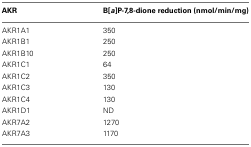
<table><thead><tr><td><b>AKR</b></td><td><b>B[<i>a</i>]P-7,8-dione reduction (nmol/min/mg)</b></td></tr></thead><tbody><tr><td>AKR1A1</td><td>350</td></tr><tr><td>AKR1B1</td><td>250</td></tr><tr><td>AKR1B10</td><td>250</td></tr><tr><td>AKR1C1</td><td>64</td></tr><tr><td>AKR1C2</td><td>350</td></tr><tr><td>AKR1C3</td><td>130</td></tr><tr><td>AKR1C4</td><td>130</td></tr><tr><td>AKR1D1</td><td>ND</td></tr><tr><td>AKR7A2</td><td>1270</td></tr><tr><td>AKR7A3</td><td>1170</td></tr></tbody></table>